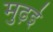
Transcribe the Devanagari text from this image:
मुढ़ई